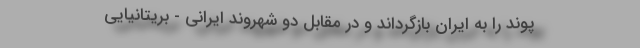
پوند را به ایران بازگرداند و در مقابل دو شهروند ایرانی - بریتانیایی